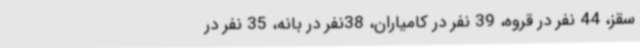
سقز، 44 نفر در قروه، 39 نفر در کامیاران، 38نفر در بانه، 35 نفر در